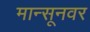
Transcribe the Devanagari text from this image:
मान्सूनवर